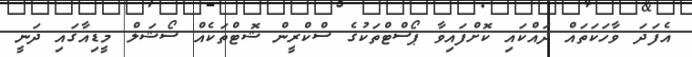
އެފަދަ ވާހަކަތައް ދައްކައި ކޮށްފައިވާ ޕޯސްޓްތަކުގެ ސްކްރީން ޝޮޓްތަކެއް ސޯޝަލް މީޑިއާގައި ދަނީ